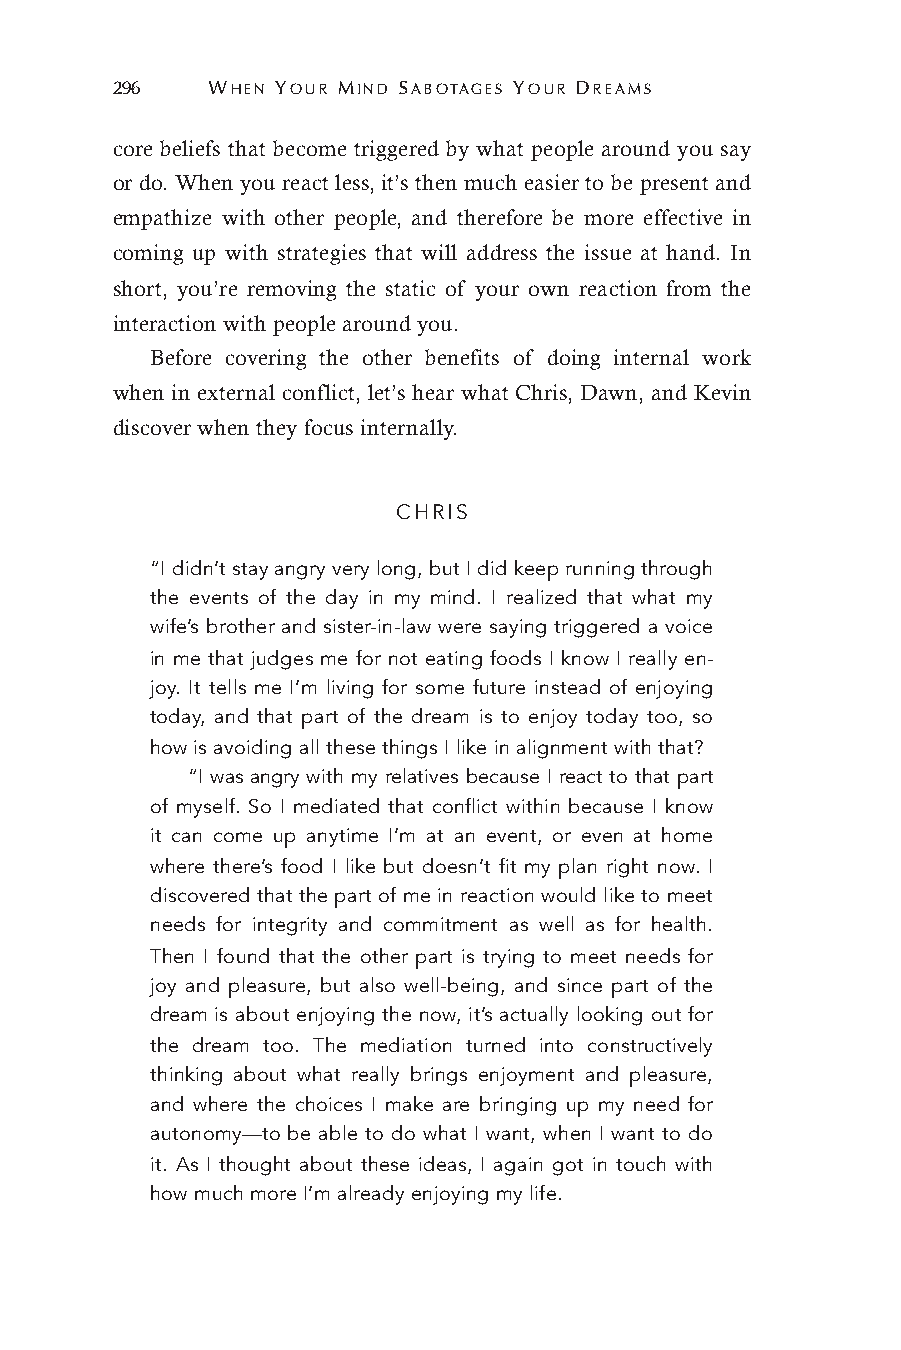
296    WHEN YOUR MIND SABOTAGES YOUR DREAMS
 core beliefs that become triggered by what people around you say
 or do. When you react less, it’s then much easier to be present and
 empathize with other people, and therefore be more effective in
 coming up with strategies that will address the issue at hand. In
 short, you’re removing the static of your own reaction from the
 interaction with people around you.
 Before covering the other benefits of doing internal work
 when in external conflict, let’s hear what Chris, Dawn, and Kevin
 discover when they focus internally.
 CHRIS
 “I didn’t stay angry very long, but I did keep running through
 the events of the day in my mind. I realized that what my
 wife’s brother and sister-in-law were saying triggered a voice
 in me that judges me for not eating foods I know I really en-
 joy. It tells me I’m living for some future instead of enjoying
 today, and that part of the dream is to enjoy today too, so
 how is avoiding all these things I like in alignment with that?
 “I was angry with my relatives because I react to that part
 of myself. So I mediated that conflict within because I know
 it can come up anytime I’m at an event, or even at home
 where there’s food I like but doesn’t fit my plan right now. I
 discovered that the part of me in reaction would like to meet
 needs for integrity and commitment as well as for health.
 Then I found that the other part is trying to meet needs for
 joy and pleasure, but also well-being, and since part of the
 dream is about enjoying the now, it’s actually looking out for
 the dream too. The mediation turned into constructively
 thinking about what really brings enjoyment and pleasure,
 and where the choices I make are bringing up my need for
 autonomy—to be able to do what I want, when I want to do
 it. As I thought about these ideas, I again got in touch with
 how much more I’m already enjoying my life.